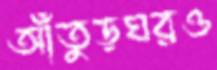
আঁতুড়ঘরও